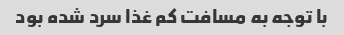
با توجه به مسافت کم غذا سرد شده بود